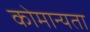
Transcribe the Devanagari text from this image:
कोमान्यता